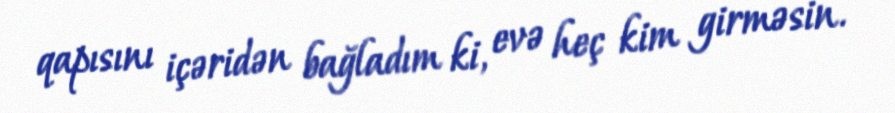
qapısını içəridən bağladım ki, evə heç kim girməsin.